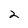
Character: 2